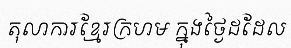
តុលាការខ្មែរក្រហម ក្នុងថ្ងៃដដែល